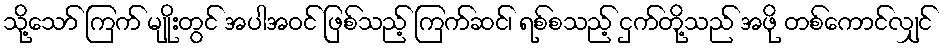
သို့သော် ကြက် မျိုးတွင် အပါအဝင် ဖြစ်သည့် ကြက်ဆင်၊ ရစ်စသည့် ငှက်တို့သည် အဖို တစ်ကောင်လျှင်